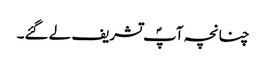
چنانچہ آپؐ تشریف لے گئے۔